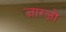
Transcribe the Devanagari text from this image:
जाग्जो